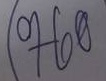
760